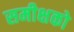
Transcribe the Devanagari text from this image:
समीक्षको